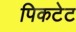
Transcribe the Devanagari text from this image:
पिकटेट